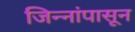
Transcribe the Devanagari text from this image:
जिन्नांपासून